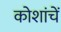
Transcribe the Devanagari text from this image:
कोशांचें